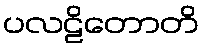
ပလဠိတောတိ